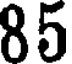
85